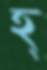
হ্